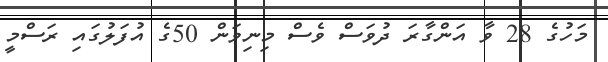
މަހުގެ 28 ވާ އަންގާރަ ދުވަސް ވެސް މިނިވަން 50ގެ އުފަލުގައި ރަސްމީ